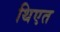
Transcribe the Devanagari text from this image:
थिएत